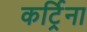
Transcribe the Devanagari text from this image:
कर्ट्रिना